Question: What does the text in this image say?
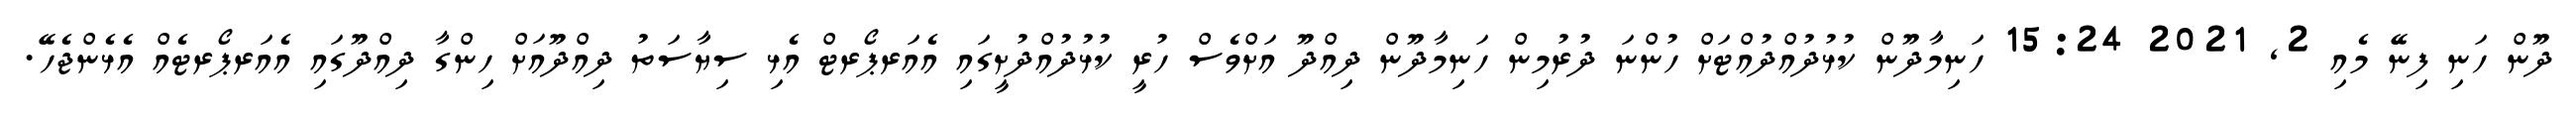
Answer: ދޫން ހަނި ފިނޭ މެއި 2, 2021 15:24 ހަނިމާދޫން ކުޅުދުއްދުއްޓަށް ހުންނަ ދުރުމިން ހަނިމާދޫން ދިއްދޫ އަށްވެސް ހުރީ ކުޅުދުއްދުށީގައި އެއަރޕޯރޓް އެޅި ސިޔާސަތު ދިއްދޫއަށް ހިންގާ ދިއްދޫގައި އެއަރޕޯރޓެއް އެޅެންޖެހޭ.